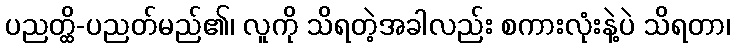
ပညတ္ထိ-ပညတ်မည်၏၊ လူကို သိရတဲ့အခါလည်း စကားလုံးနဲ့ပဲ သိရတာ၊